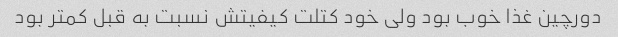
دورچین غذا خوب بود ولی خود کتلت کیفیتش نسبت به قبل کمتر بود